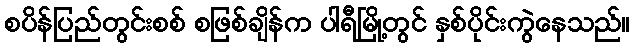
စပိန်ပြည်တွင်းစစ် စဖြစ်ချိန်က ပါရီမြို့တွင် နှစ်ပိုင်းကွဲနေသည်။